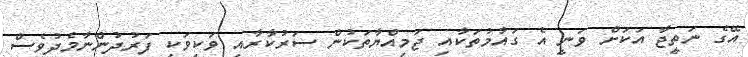
އޭގެ ނަތީޖާ އަކަށް ވަނީ އެ ގައުމުތަކާއި ޖަމިއްޔާތަކުން ސަރުކާރާއި ވަކިވަކި ފަރުދުންނާމެދުވެސް